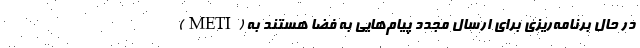
(METI) در حال برنامه‌ریزی برای ارسال مجدد پیام‌هایی به فضا هستند به